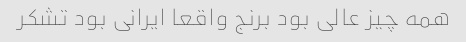
همه چیز عالی بود برنج واقعا ایرانی بود تشکر